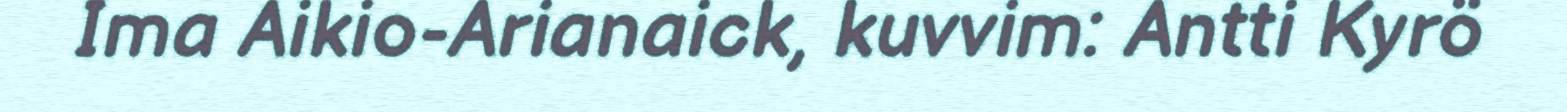
Ima Aikio-Arianaick, kuvvim: Antti Kyrö